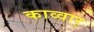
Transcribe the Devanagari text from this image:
काव्वार्